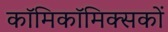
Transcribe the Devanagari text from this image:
काॅमिकॉमिक्सकों